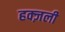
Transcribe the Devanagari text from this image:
हक्ज़ली